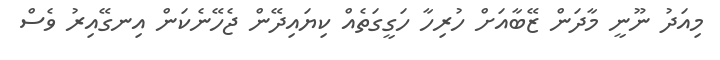
މިއަދު ނޫނީ މާދަން ޒޭބާއަށް ހުރިހާ ހަގީގަތެއް ކިޔައިދޭން ޖެހޭނެކަން އިނގޭއިރު ވެސް